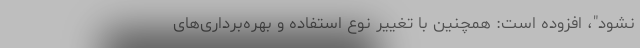
نشود"، افزوده است: همچنین با تغییر نوع استفاده و بهره‌برداری‌های